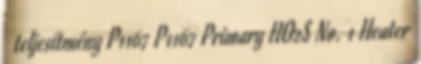
teljesítmény P1167 P1167 Primary HO2S No. 1 Heater